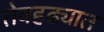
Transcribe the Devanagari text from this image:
तेवहढ्यात